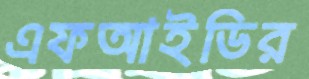
এফআইডির